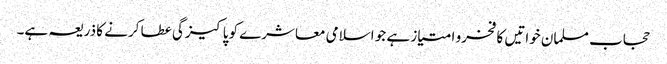
حجاب مسلمان خواتیں کا فخرو امتیاز ہے جو اسلامی معاشرے کو پاکیزگی عطا کرنے کا ذریعہ ہے۔